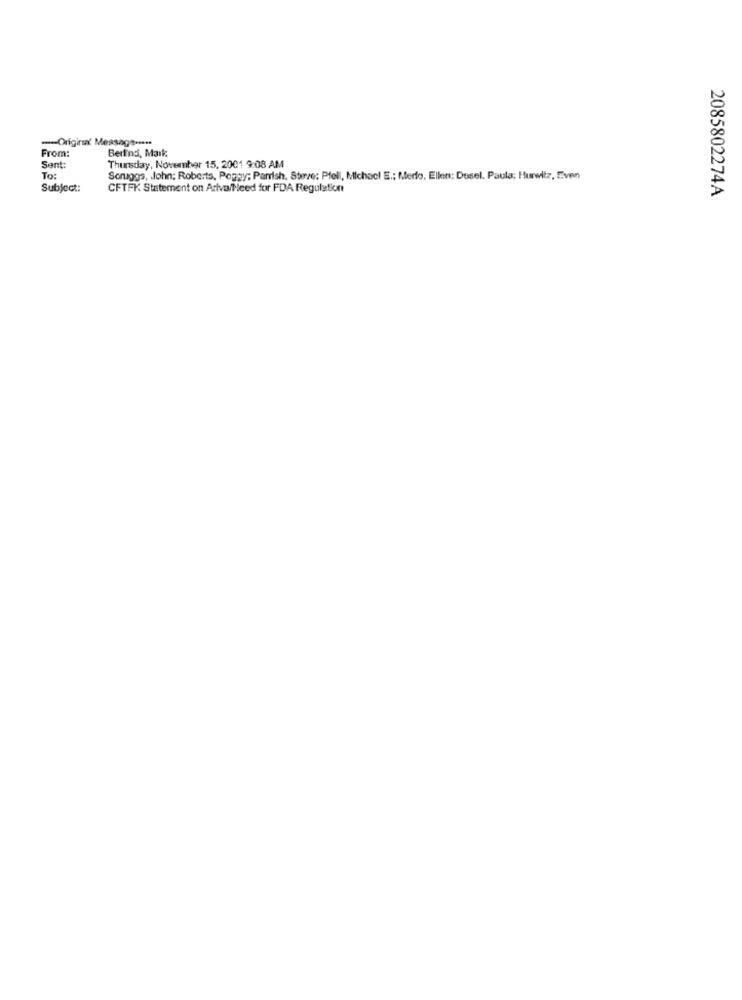
-Original Message ---
From:
Bertind, Mark
Sent:
Thursday, November 15, 2001 9:08 AM
To:
Scruggs, John; Roberts, Peggy; Parrish. Steve: Pfell, Michael E .: Merlo, Ellen; Dosel. Paula; Hurwitz, Even
Subject:
CFTFK Statement on Ariva/Need for FDA Regulation
2085802274A